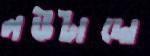
লউটাদো